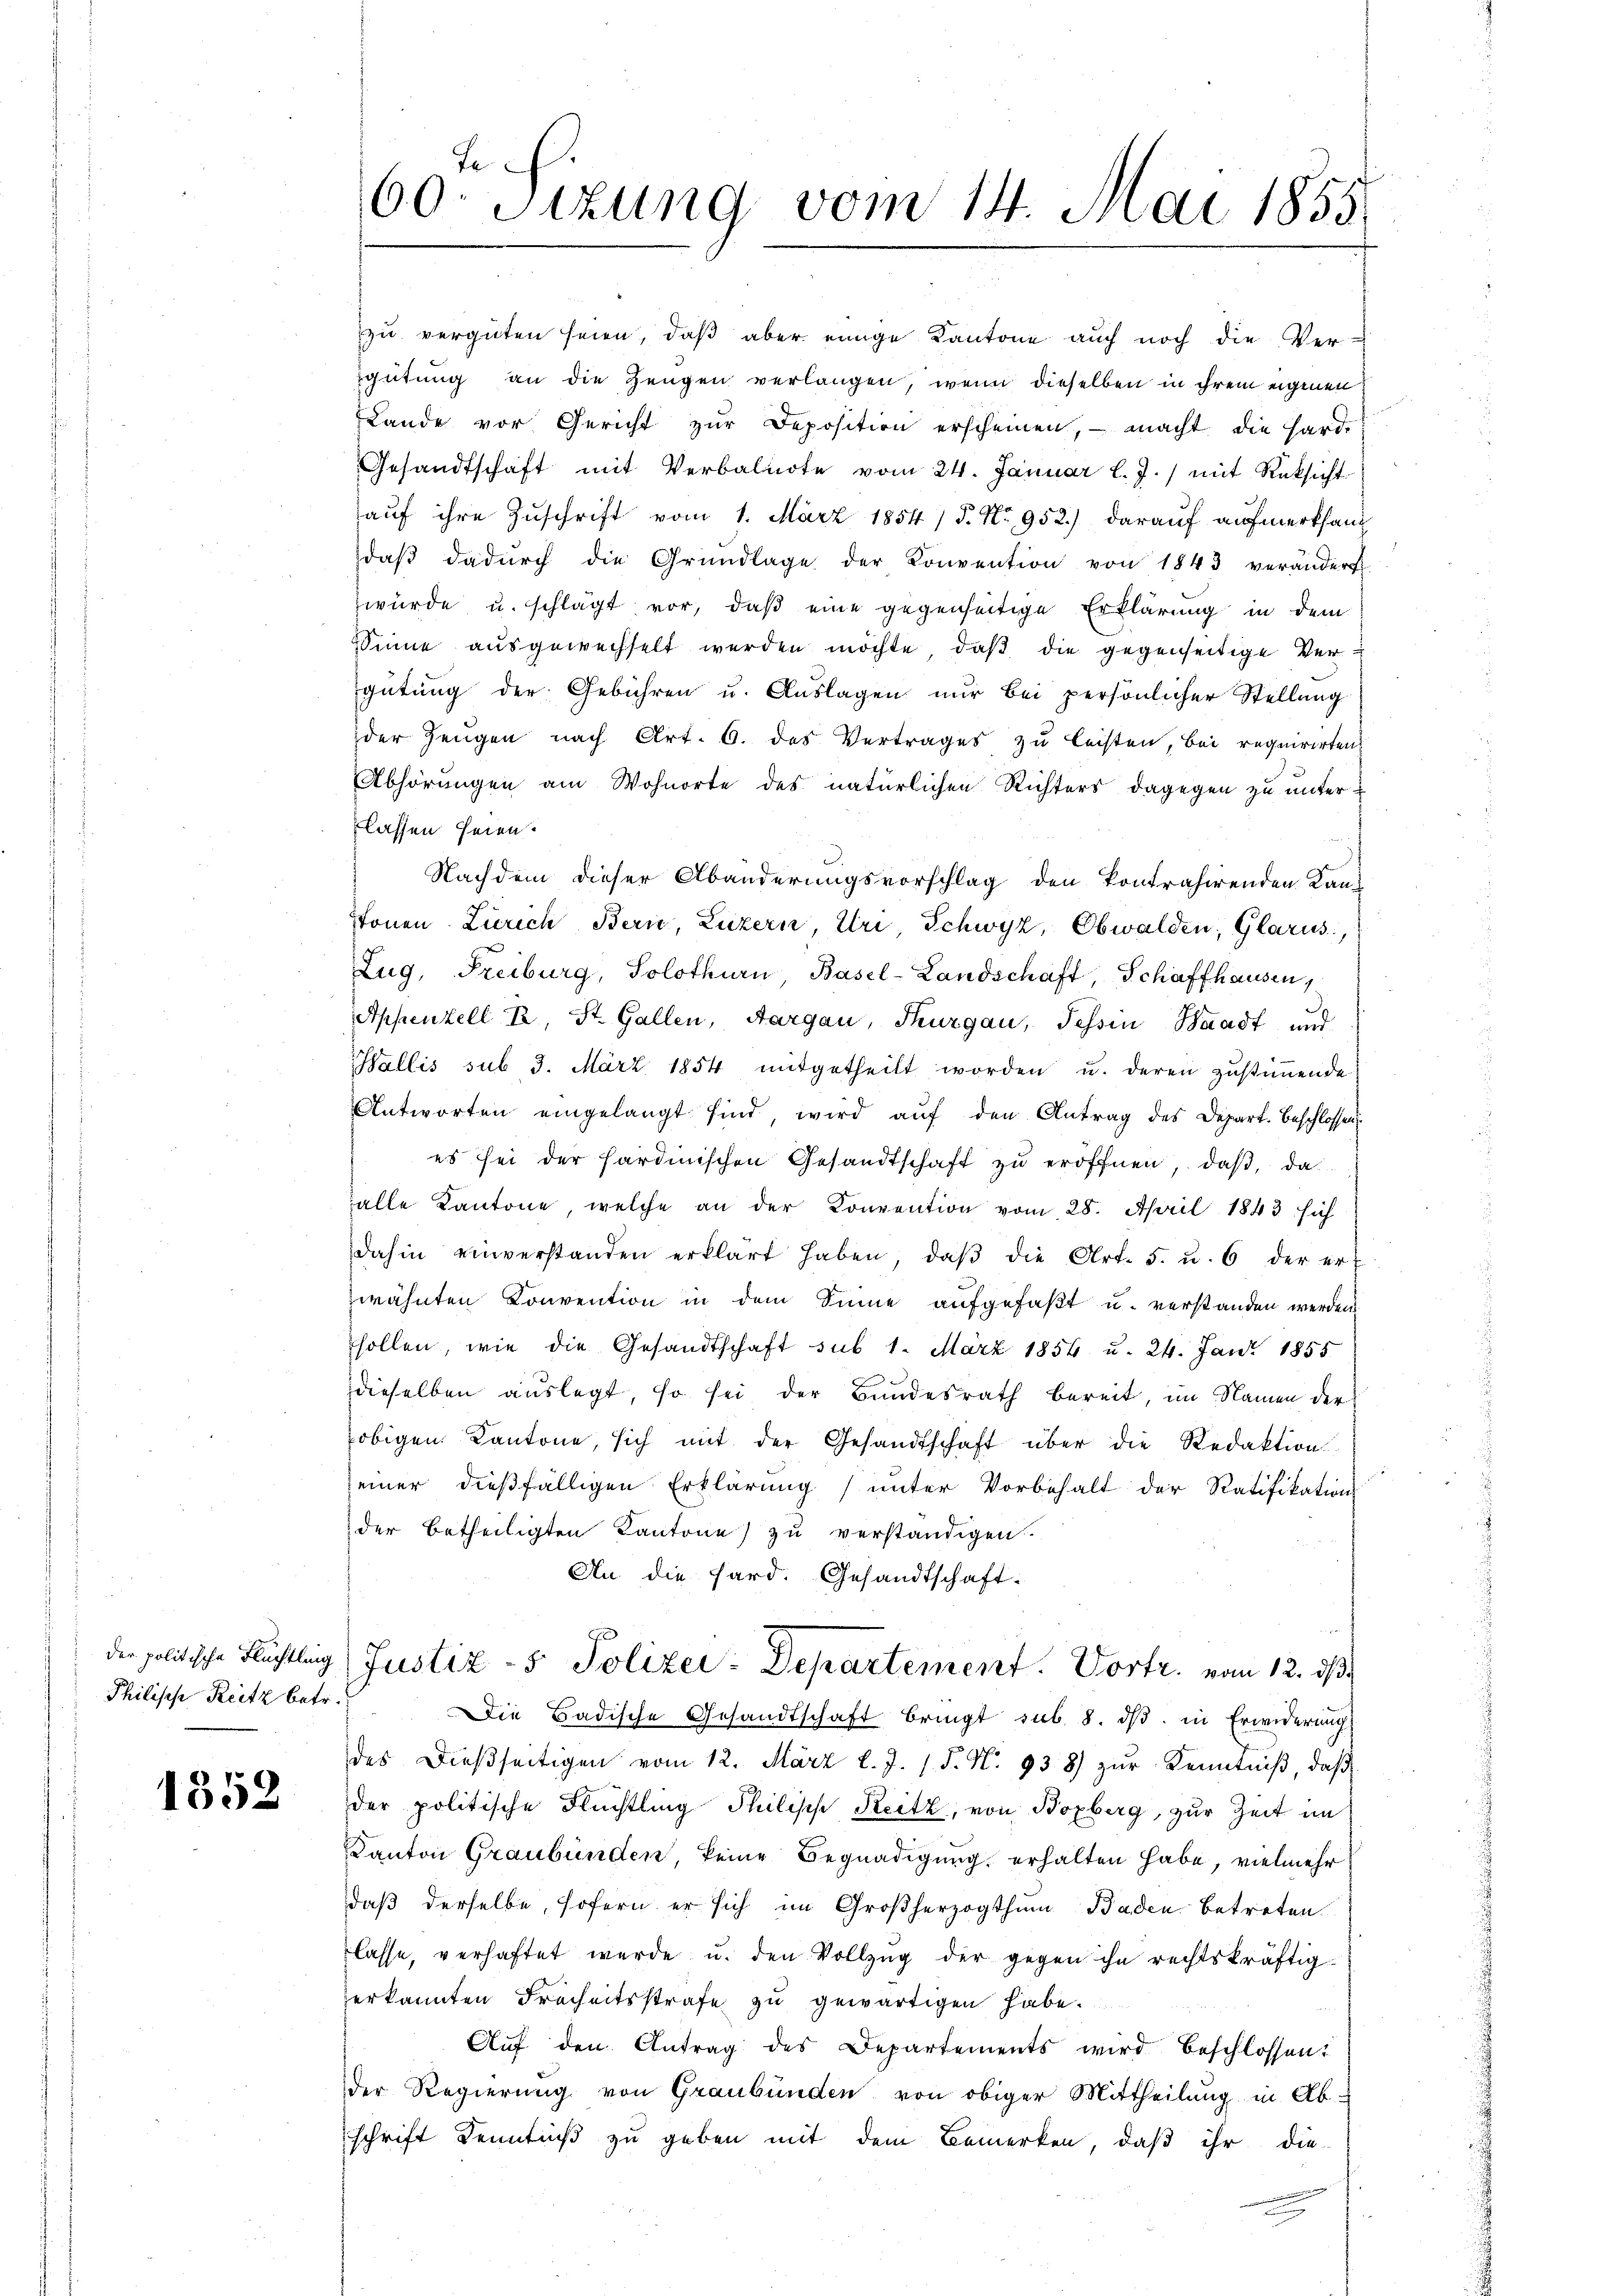
Philische Reitz betr.

1352

zu vergüten seien, daß aber einige Kantone auch noch die Ver-
gütung an die Zeugen verlangen, wenn dieselben in ihrem eigenen
LLande vor Gericht zur Deposition erscheinen, – macht die Hard¬
Gesandtschaft mit Verbalnote vom 24. Januar l. J.) mit Rüksicht
auf ihre Zuschrift vom 1. März 1854 / 5. No 952.) darauf aufmerksam
daβ dadŭrch die Grŭndlage der Konvention von 1843 verändert.
würde u. schlägt vor, daß eine gegenseitige Erklärung in dem
Sinne ausgewechselt werden möchte, daß die gegenseitige Vergütung der Gebühren u. Auslagen nur bei persönlicher Stellung
der Zeugen nach Art. 6. des Vertrages zu leisten, bei requirirten
Abhörungen am Wohnorte des natürlichen Richters dagegen zu unter-
lassen seien.
Nachdem dieser Abänderungsvorschlag den kontrahirenden Kansonen Zürich Bern, Luzern, Uri, Schwyz, Obwalden, Glarus,
Zug, Freiburg, Solothurn, Basel-Landschaft, Schaffhausen,
Appenzell I, St. Gallen, Aargau, Thurgau, Tessin Waadt und
Wallis sub 3. März 1854 mitgetheilt worden u. deren zŭstiṁende
Antworten eingelangt sind, wird auf den Antrag des Depart. Beschlossen
es sei der sardinischen Gesandtschaft zu eröffnen, daß, da
alle Kantone, welche an der Konvention vom 28. April 1843 sich
dahin einverstanden erklärt haben, daβ die Art. 5. u. 6 der er-
zwähnten Convention in dem Sinne aufgefaßt u. verstanden werden
sollen, wie die Gesandtschaft sub 1. März 1854 u. 24. Jan. 1855
dieselben auslegt, so sei der Bundesrath bereit, im Namen der
obigen Kantone, sich mit der Gesandtschaft über die Redaktion
einer dießfälligen Erklärung (unter Vorbehalt der Ratifikations
der betheiligten Kantone) zu verständigen.
An die Sard. Gesandtschaft-
der politische Flüchtling (Justiz- & Polizei-Departement. Vortr. vom 12. ds.
Die Badische Gesandtschaft bringt sub. 8. ds. in Erwiderung
des dießseitigen vom 12. März l. J. 18. No. 938) zŭr Kenntniß, daß
der politische Flüchtling Philisch, Seitz, von Bozberg, zur Zeit im
Kanton Graubünden keine Begnadigung, erhalten habe, vielmehr
daß derselbe, sofern er sich im Großherzogthum Baden betreten.
lasse, verhaftet werde u. den Vollzŭg der gegen ihn rechtskräftig-
erkannten Freiheitsstrafe zu gewärtigen habe.
n
Aŭf den Antrag des Departements wird beschlossen:
der Regierung von Graubünden von obiger Mittheilung in Ab-
schrift Kenntniß zu geben mit dem Bemerken, daß ihr die

dec
60. Sitzung vom 14. Mai 1855